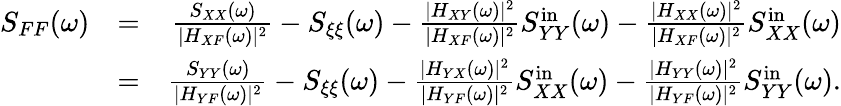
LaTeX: \begin{array}{rlr}{S_{FF}(\omega)}&{=}&{\frac{S_{XX}(\omega)}{|H_{XF}(\omega)|^{2}}-S_{\xi\xi}(\omega)-\frac{|H_{XY}(\omega)|^{2}}{|H_{XF}(\omega)|^{2}}S_{YY}^{\mathrm{in}}(\omega)-\frac{|H_{XX}(\omega)|^{2}}{|H_{XF}(\omega)|^{2}}S_{XX}^{\mathrm{in}}(\omega)}\\ &{=}&{\frac{S_{YY}(\omega)}{|H_{YF}(\omega)|^{2}}-S_{\xi\xi}(\omega)-\frac{|H_{YX}(\omega)|^{2}}{|H_{YF}(\omega)|^{2}}S_{XX}^{\mathrm{in}}(\omega)-\frac{|H_{YY}(\omega)|^{2}}{|H_{YF}(\omega)|^{2}}S_{YY}^{\mathrm{in}}(\omega).}\end{array}